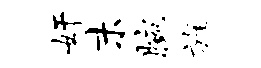
奸末腕旌